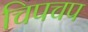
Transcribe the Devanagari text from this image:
चिपचप